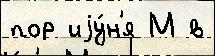
пор иjу́н'я М в